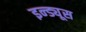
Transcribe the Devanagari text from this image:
इन्ड्यूस